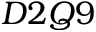
D 2 Q 9